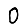
Digit: 0